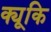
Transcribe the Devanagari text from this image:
क्यूकि